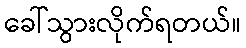
ခေါ်သွားလိုက်ရတယ်။